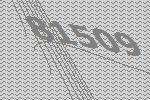
81509